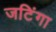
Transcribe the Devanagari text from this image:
जटिंगा